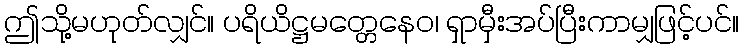
ဤသို့မဟုတ်လျှင်။ ပရိယိဋ္ဌမတ္တေနေဝ၊ ရှာမှီးအပ်ပြီးကာမျှဖြင့်ပင်။